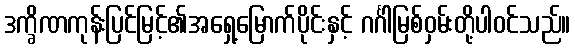
ဒက္ခိဏကုန်းပြင်မြင့်၏အရှေ့မြောက်ပိုင်းနှင့် ဂင်္ဂါမြစ်ဝှမ်းတို့ပါဝင်သည်။